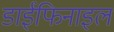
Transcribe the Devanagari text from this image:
डाईफिनाइल